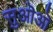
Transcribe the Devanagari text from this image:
सुऒऒ